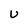
Character: U